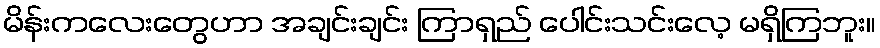
မိန်းကလေးတွေဟာ အချင်းချင်း ကြာရှည် ပေါင်းသင်းလေ့ မရှိကြဘူး။